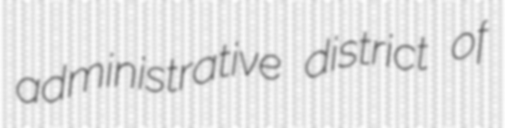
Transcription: administrative district of